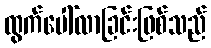
ထွက်ပေါ်လာခြင်းဖြစ်သည်